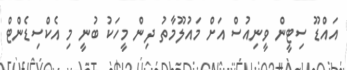
އައްޑޫ ސިޓީން ވީނިއުސް އަށް މައުލޫމާތު ދިން މީހަކު ބުނީ މި އެކްސިޑެންޓް